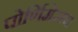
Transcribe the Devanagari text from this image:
पोर्णिमेसच